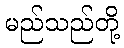
မည်သည်တို့